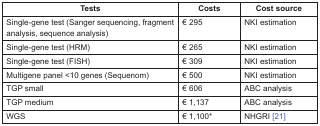
<table><thead><tr><td><b>Tests</b></td><td><b>Costs</b></td><td><b>Cost source</b></td></tr></thead><tbody><tr><td>Single-gene test (Sanger sequencing, fragment analysis, sequence analysis)</td><td>€ 295</td><td>NKI estimation</td></tr><tr><td>Single-gene test (HRM)</td><td>€ 265</td><td>NKI estimation</td></tr><tr><td>Single-gene test (FISH)</td><td>€ 309</td><td>NKI estimation</td></tr><tr><td>Multigene panel &lt;10 genes (Sequenom)</td><td>€ 500</td><td>NKI estimation</td></tr><tr><td>TGP small</td><td>€ 606</td><td>ABC analysis</td></tr><tr><td>TGP medium</td><td>€ 1,137</td><td>ABC analysis</td></tr><tr><td>WGS</td><td>€ 1,100*</td><td>NHGRI [21]</td></tr></tbody></table>